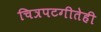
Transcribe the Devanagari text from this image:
चित्रपटगीतेही